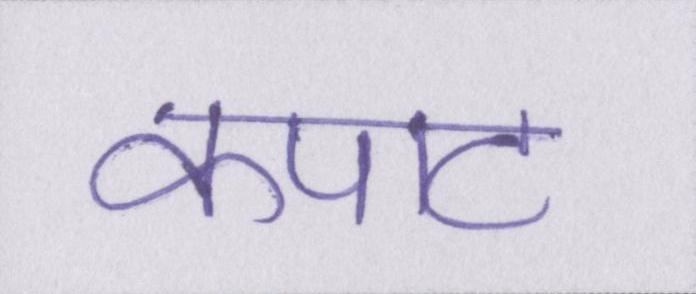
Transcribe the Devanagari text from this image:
कपाट